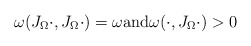
\begin{align*} \omega(J_\Omega \cdot,J_\Omega \cdot) = \omega \textrm{and} \omega(\cdot,J_\Omega \cdot) > 0 \end{align*}